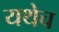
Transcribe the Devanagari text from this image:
यथेच